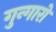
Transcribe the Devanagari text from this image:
गुन्गारो